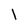
Character: l